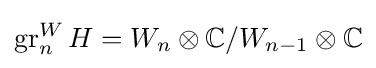
\operatorname {gr} _{n}^{W}H=W_{n}\otimes \mathbb {C} /W_{n-1}\otimes \mathbb {C}